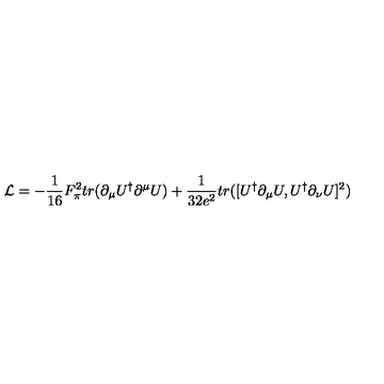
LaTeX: { \cal { L } } = - \frac { 1 } { 1 6 } F _ { \pi } ^ { 2 } t r ( \partial _ { \mu } U ^ { \dag } \partial ^ { \mu } U ) + \frac { 1 } { 3 2 e ^ { 2 } } t r ( [ U ^ { \dag } \partial _ { \mu } U , U ^ { \dag } \partial _ { \nu } U ] ^ { 2 } )